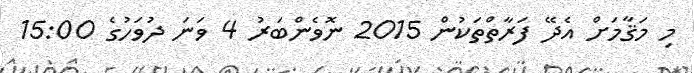
މި މަޤާމަށް އެދޭ ފަރާތްތަކުން 2015 ނޮވެންބަރު 4 ވަނަ ދުވަހުގެ 15:00